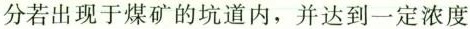
分若出现于煤矿的坑道内，并达到一定浓度